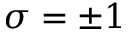
\sigma = \pm 1